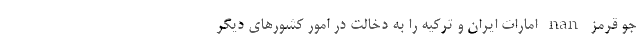
جو قرمز nan امارات ایران و ترکیه را به دخالت در امور کشورهای دیگر